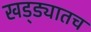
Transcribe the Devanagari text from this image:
खड्ड्यातच